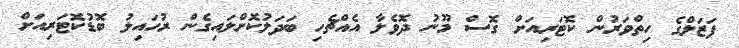
ފަޒަލްގެ ހިތްވަރުން ކޮޓަރިއަށް ގޮސް މޫނު ދޮވެލާ އެއްޗެހި ބަދަލުކޮށްލައިގެން ރުހައިލު ބޮޑުކޮޓަރިއަށް